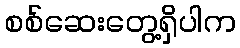
စစ်ဆေးတွေ့ရှိပါက